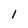
Character: 1